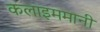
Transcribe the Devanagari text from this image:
कलाइममानी